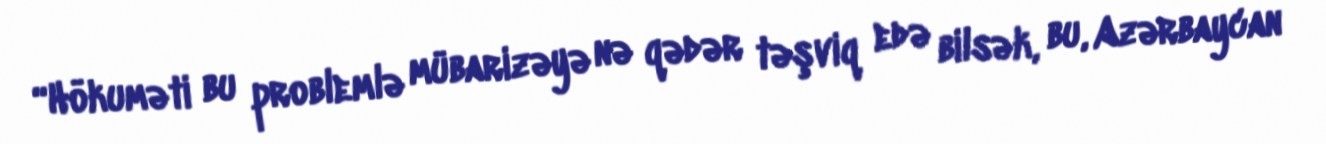
“Hökuməti bu problemlə mübarizəyə nə qədər təşviq edə bilsək, bu, Azərbaycan